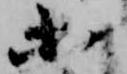
等